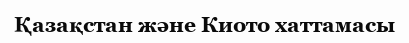
Қазақстан және Киото хаттамасы